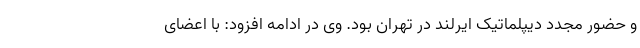
و حضور مجدد دیپلماتیک ایرلند در تهران بود. وی در ادامه افزود: با اعضای